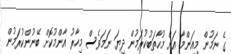
ގެ ނަމުން މިއަންމާ އަށް މުހާތަބުކުރަމުން ދިޔަ ނަމަވެސް މިހާރު އާންމުކޮށް ބޭނުންކުރަމުން